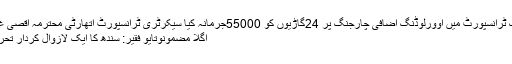
پبلک ٹرانسپورٹ میں اوورلوڈنگ اضافی چارجنگ پر 24گاڑیوں کو 55000جرمانہ کیا سیکرٹری ٹرانسپورٹ اتھارٹی محترمہ اقصی غفور
اگلا مضمونوتایو فقیر: سندھ کا ایک لازوال کردار تحریر ۔